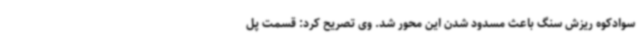
سوادکوه ریزش سنگ باعث مسدود شدن این محور شد. وی تصریح کرد: قسمت پل